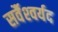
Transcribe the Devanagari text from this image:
सर्वैश्‍वर्यद